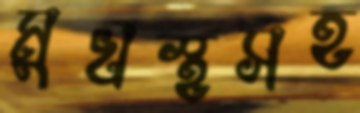
মুখস্থসহ